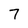
Character: 7